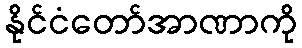
နိုင်ငံတော်အာဏာကို